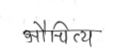
मजकूर: औचित्य